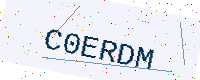
Text: C0ERDM